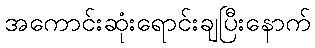
အကောင်းဆုံးရောင်းချပြီးနောက်